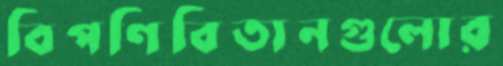
বিপণিবিতানগুলোর